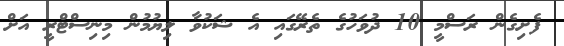
ފެށިގެން ރަސްމީ 10 ދުވަހުގެ ތެރޭގައި އެ ޝަކުވާ ލިޔުމުން މިނިސްޓްރީ އަށް